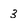
Character: 3